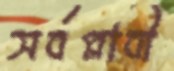
সর্বপ্লাবী